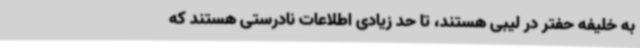
به خلیفه حفتر در لیبی هستند، تا حد زیادی اطلاعات نادرستی هستند که